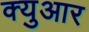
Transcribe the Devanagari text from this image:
क्युआर